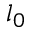
l _ { 0 }